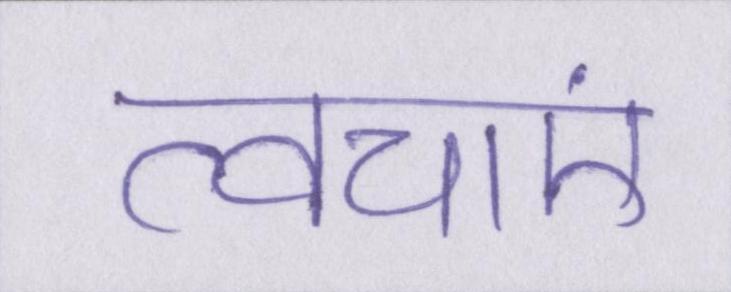
त्वचाएं